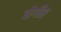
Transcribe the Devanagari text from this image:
बोर्गीस